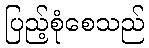
ပြည့်စုံစေသည်